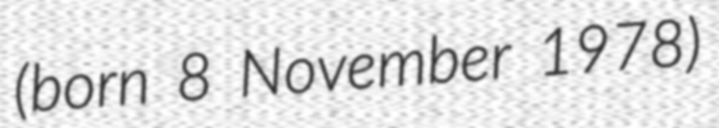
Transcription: (born 8 November 1978)